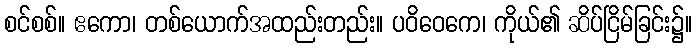
စင်စစ်။ ဧကော၊ တစ်ယောက်အထည်းတည်း။ ပဝိဝေကေ၊ ကိုယ်၏ ဆိပ်ငြိမ်ခြင်း၌။